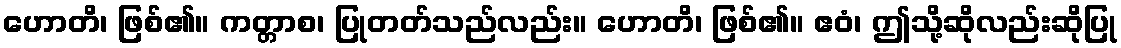
ဟောတိ၊ ဖြစ်၏။ ကတ္တာစ၊ ပြုတတ်သည်လည်း။ ဟောတိ၊ ဖြစ်၏။ ဧဝံ၊ ဤသို့ဆိုလည်းဆိုပြု